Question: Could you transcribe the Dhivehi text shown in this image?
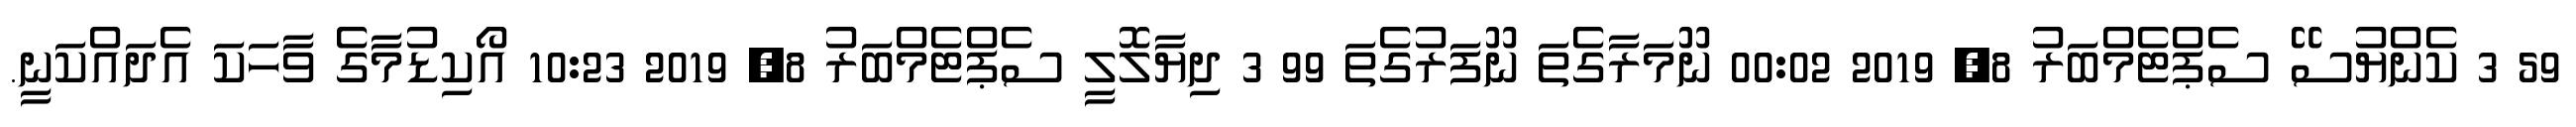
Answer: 59 3 ކެންޔުސޭ ސެޕްޓެމްބަރު 8, 2019 00:02 ނޫމަރާގެތަ ނޫފަރުގެތަ 99 3 ދިޔާލޮލީ ސެޕްޓެމްބަރު 8, 2019 10:23 އޯކިޑުމާގެ ވާހަކަ އެދައްކަނީ.